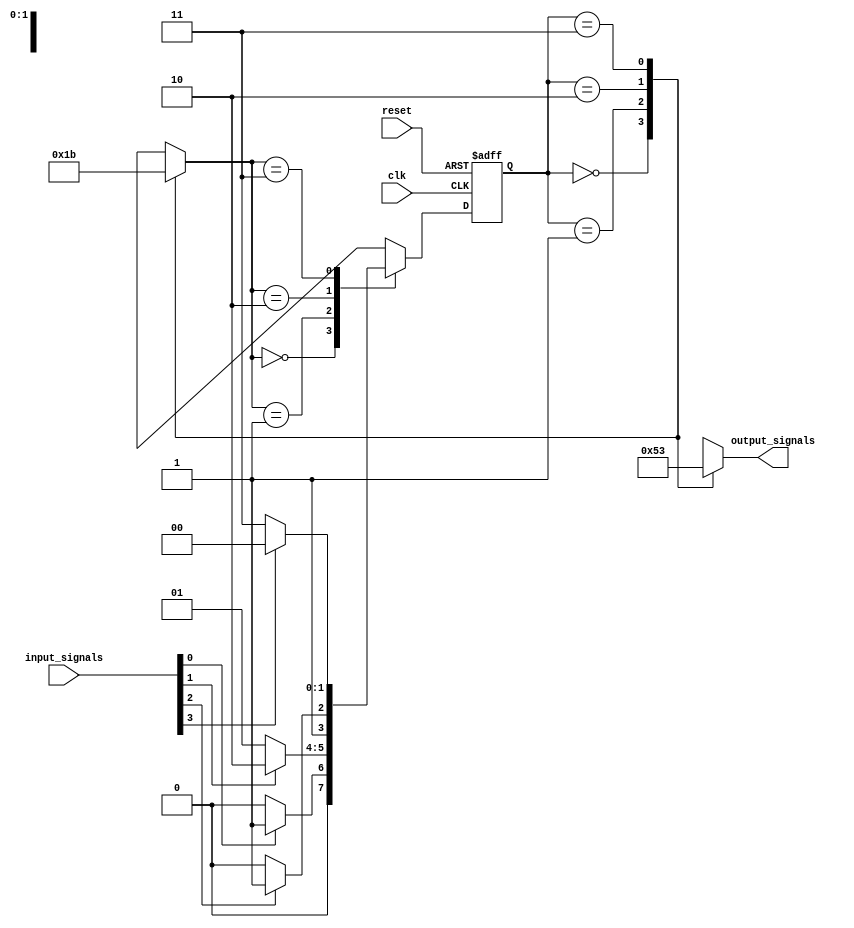
module state_machine (
    input wire clk,
    input wire reset,
    input wire [N-1:0] input_signals,
    output wire [M-1:0] output_signals
);

parameter N = 4; // number of input signals
parameter M = 3; // number of output signals

// Define states
parameter STATE_A = 2'b00;
parameter STATE_B = 2'b01;
parameter STATE_C = 2'b10;
parameter STATE_D = 2'b11;

// Define state register and next state logic
reg [1:0] state_reg, next_state;

// Define priority encoding logic
reg [1:0] priority_enc;
always @* begin
    case(state_reg)
        STATE_A: priority_enc = 2'b00;
        STATE_B: priority_enc = 2'b01;
        STATE_C: priority_enc = 2'b10;
        STATE_D: priority_enc = 2'b11;
        default: priority_enc = 2'b00;
    endcase
end

// Define output logic
always @* begin
    case(state_reg)
        STATE_A: output_signals = 2'b00;
        STATE_B: output_signals = 2'b01;
        STATE_C: output_signals = 2'b10;
        STATE_D: output_signals = 2'b11;
        default: output_signals = 2'b00;
    endcase
end

// Define state transition logic
always @(posedge clk or posedge reset) begin
    if (reset) begin
        state_reg <= STATE_A;
    end else begin
        state_reg <= next_state;
    end
end

// Define next state logic
always @* begin
    case(priority_enc)
        2'b00: next_state = input_signals[0] ? STATE_B : STATE_A;
        2'b01: next_state = input_signals[1] ? STATE_C : STATE_B;
        2'b10: next_state = input_signals[2] ? STATE_D : STATE_C;
        2'b11: next_state = input_signals[3] ? STATE_A : STATE_D;
        default: next_state = STATE_A;
    endcase
end

endmodule